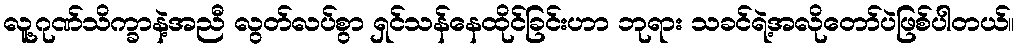
လူ့ဂုဏ်သိက္ခာနဲ့အညီ လွတ်လပ်စွာ ရှင်သန်နေထိုင်ခြင်းဟာ ဘုရား သခင်ရဲ့အလိုတော်ပဲဖြစ်ပါတယ်။